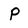
Character: P